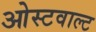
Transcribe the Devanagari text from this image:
ओस्टवाल्ट